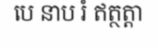
បេ នាប រំ ឥត្ថត្តា